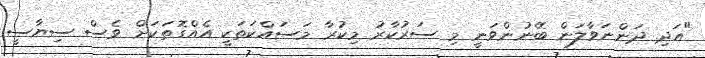
"އަދި ދަންނަވާލަން ބޭނުންވަނީ މި ސަރުކާރު މިކުރާ މަސައްކަތަކީ އެއްގޮތަކަށް ވެސް ސިޔާސީ